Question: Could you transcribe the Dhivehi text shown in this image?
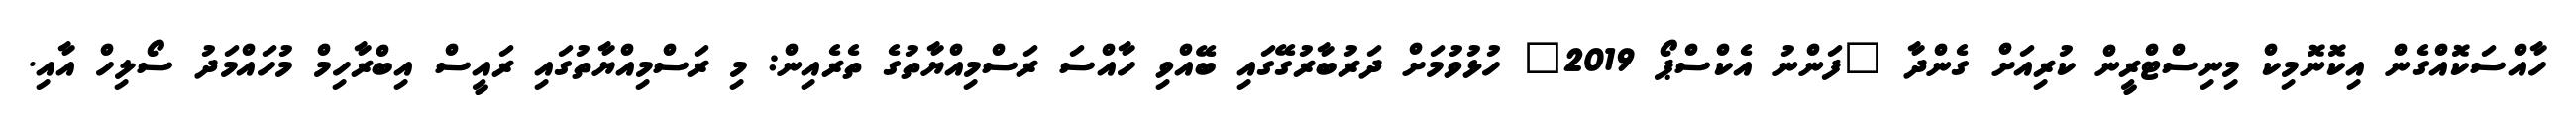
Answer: ހާއްސަކޮއްގެން އިކޮނޮމިކް މިނިސްޓްރީން ކުރިއަށް ގެންދާ "ފަންނު އެކްސްޕޯ 2019" ހުޅުވުމަށް ދަރުބާރުގޭގައި ބޭއްވި ހާއްސަ ރަސްމިއްޔާތުގެ ތެރެއިން: މި ރަސްމިއްޔާތުގައި ރައީސް އިބްރާހިމް މުހައްމަދު ސޯލިހް އާއި.